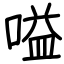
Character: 嗌